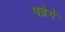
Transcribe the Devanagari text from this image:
पड़ेगे